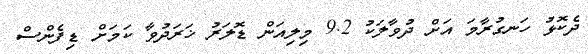
ދެކޮޅު ހަނގުރާމަ އަށް ދުވާލަކު 9.2 މިލިއަން ޑޮލަރު ޚަރަދުވާ ކަމަށް ޑިފެންސް